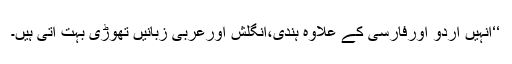
‘‘انہیں اردو اورفارسی کے علاوہ ہندی،انگلش اورعربی زبانیں تھوڑی بہت آتی ہیں۔